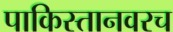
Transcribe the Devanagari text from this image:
पाकिस्तानवरच